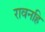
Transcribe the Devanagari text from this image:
रावनहि